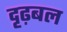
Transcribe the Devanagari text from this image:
दृढ़बल